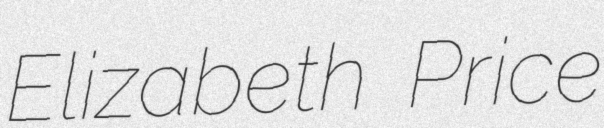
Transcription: Elizabeth Price